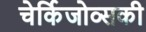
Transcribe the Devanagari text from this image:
चेर्किजोव्सकी